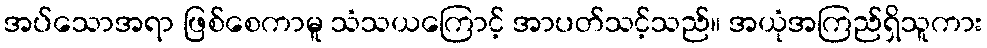
အပ်သောအရာ ဖြစ်စေကာမူ သံသယကြောင့် အာပတ်သင့်သည်။ အယုံအကြည်ရှိသူကား